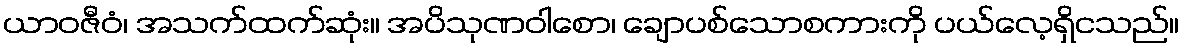
ယာဝဇီဝံ၊ အသက်ထက်ဆုံး။ အပိသုဏဝါစော၊ ချောပစ်သောစကားကို ပယ်လေ့ရှိငသည်။